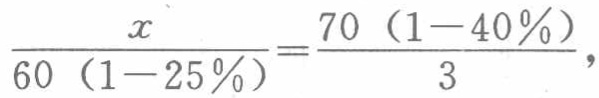
\(\frac{x}{60\left(1 - 25\%\right)}=\frac{70\left(1 - 40\%\right)}{3},\)